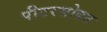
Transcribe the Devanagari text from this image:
पीटरसोबत